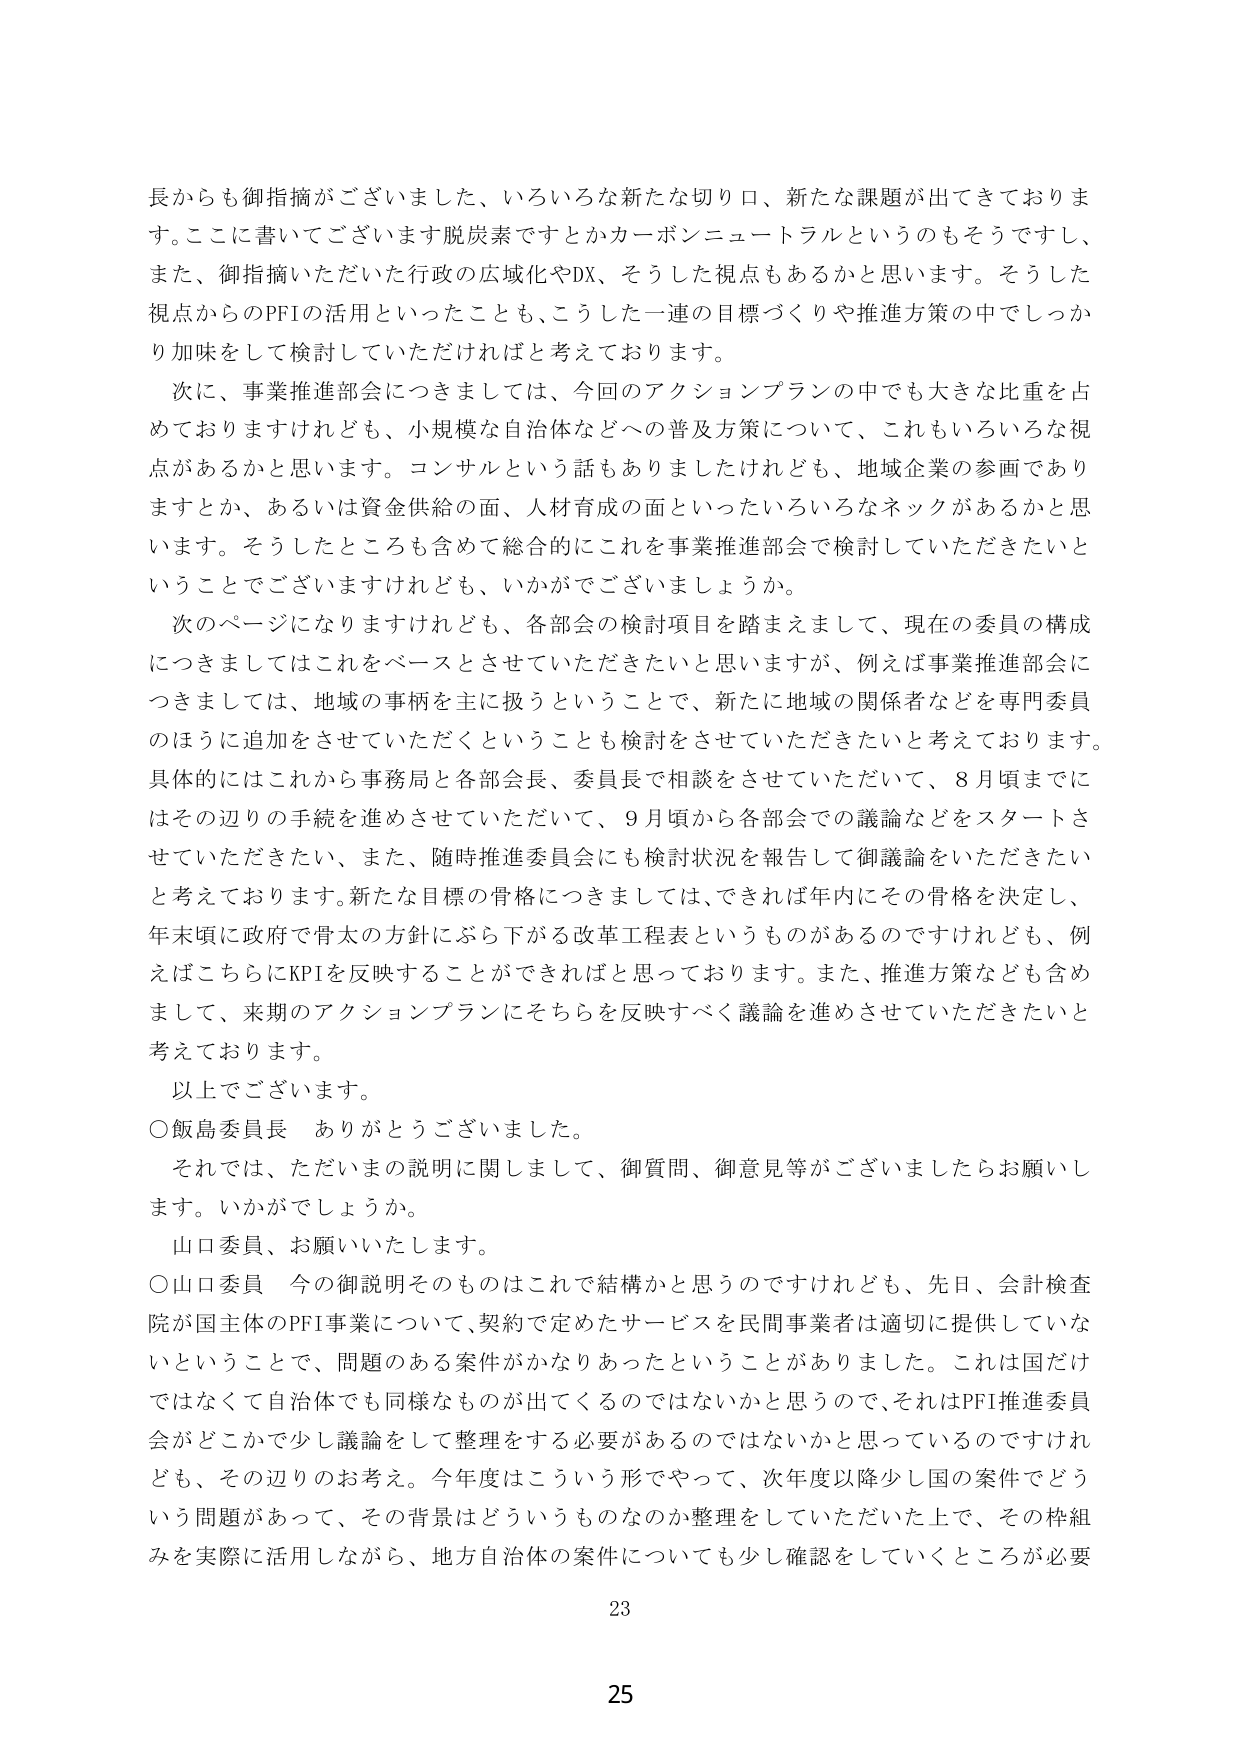
長からも御指摘がございました、いろいろな新たな切り口、新たな課題が出てきております。ここに書いてございます脱炭素ですとかカーボンニュートラルというのもそうですし、また、御指摘いただいた行政の広域化やDX、そうした視点もあるかと思います。そうした視点からのPFIの活用といったことも、こうした一連の目標づくりや推進方策の中でしっかり加味をして検討していただければと考えております。

次に、事業推進部会につきましては、今回のアクションプランの中でも大きな比重を占めておりますけれども、小規模な自治体などへの普及方策について、これもいろいろな視点があるかと思います。コンサルという話もありましたけれども、地域企業の参画でありますとか、あるいは資金供給の面、人材育成の面といったいろいろなネックがあるかと思います。そうしたところも含めて総合的にこれを事業推進部会で検討していただきたいということでございますけれども、いかがでございましょうか。

次のページになりますけれども、各部会の検討項目を踏まえまして、現在の委員の構成につきましてはこれをベースとさせていただきたいと思いますが、例えば事業推進部会につきましては、地域の事柄を主に扱うということで、新たに地域の関係者などを専門委員のほうに追加をさせていただくということも検討をさせていただきたいと考えております。具体的にはこれから事務局と各部会長、委員長で相談をさせていただいて、8月頃までにはその辺りの手続を進めさせていただいて、9月頃から各部会での議論などをスタートさせていただきたい、また、随時推進委員会にも検討状況を報告して御議論をいただきたいと考えております。新たな目標の骨格につきましては、できれば年内にその骨格を決定し、年末頃に政府で骨太の方針にぶら下がる改革工程表というものがあるのですけれども、例えばこちらにKPIを反映することができればと思っております。また、推進方策なども含めまして、来期のアクションプランにそちらを反映すべく議論を進めさせていただきたいと考えております。

以上でございます。

○飯島委員長　ありがとうございました。

それでは、ただいまの説明に関しまして、御質問、御意見等がございましたらお願いします。いかがでしょうか。

山口委員、お願いいたします。

○山口委員　今の御説明そのものはこれで結構かと思うのですけれども、先日、会計検査院が国主体のPFI事業について、契約で定めたサービスを民間事業者は適切に提供していないということで、問題のある案件がかなりあったということがありました。これは国だけではなくて自治体でも同様なものが出てくるのではないかと思うので、それはPFI推進委員会がどこかで少し議論をして整理をする必要があるのではないかと思っているのですけれども、その辺りのお考え。今年度はこういう形でやって、次年度以降少し国の案件でどういう問題があって、その背景はどういうものなのか整理をしていただいた上で、その枠組みを実際に活用しながら、地方自治体の案件についても少し確認をしていくところが必要

23

25